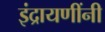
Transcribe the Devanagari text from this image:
इंद्रायणींनी